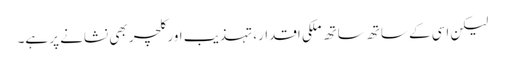
لیکن اسی کے ساتھ ساتھ ملکی اقدار، تہذیب اور کلچر بھی نشانے پر ہے۔